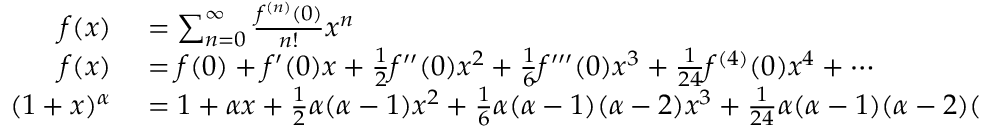
\begin{array} { r l } { f ( x ) } & { { } = \sum _ { n = 0 } ^ { \infty } { \frac { f ^ { ( n ) } ( 0 ) } { n ! } } x ^ { n } } \\ { f ( x ) } & { { } = f ( 0 ) + f ^ { \prime } ( 0 ) x + { \frac { 1 } { 2 } } f ^ { \prime \prime } ( 0 ) x ^ { 2 } + { \frac { 1 } { 6 } } f ^ { \prime \prime \prime } ( 0 ) x ^ { 3 } + { \frac { 1 } { 2 4 } } f ^ { ( 4 ) } ( 0 ) x ^ { 4 } + \cdots } \\ { ( 1 + x ) ^ { \alpha } } & { { } = 1 + \alpha x + { \frac { 1 } { 2 } } \alpha ( \alpha - 1 ) x ^ { 2 } + { \frac { 1 } { 6 } } \alpha ( \alpha - 1 ) ( \alpha - 2 ) x ^ { 3 } + { \frac { 1 } { 2 4 } } \alpha ( \alpha - 1 ) ( \alpha - 2 ) ( \alpha - 3 ) x ^ { 4 } + \cdots } \end{array}